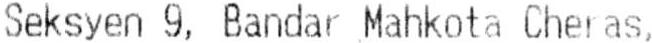
SEKSYEN 9, BANDAR MAHKOTA CHERAS,